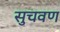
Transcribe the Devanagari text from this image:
सुचवण